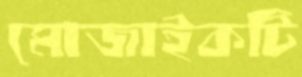
মোজাইকটি